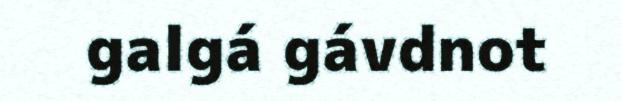
galgá gávdnot